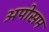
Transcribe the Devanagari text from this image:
अपोसम